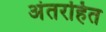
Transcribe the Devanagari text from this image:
अंतरहित